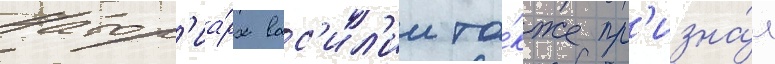
Патр'иа́рх вас'ил'ии та́кже пр'изна́л